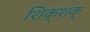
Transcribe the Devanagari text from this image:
शिक्शक्